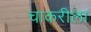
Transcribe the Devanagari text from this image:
चाकरीला